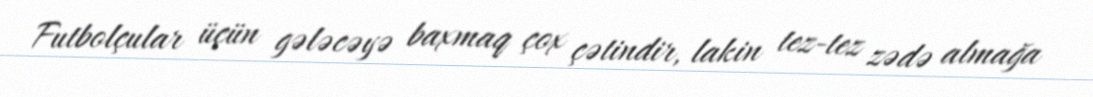
Futbolçular üçün gələcəyə baxmaq çox çətindir, lakin tez-tez zədə almağa